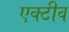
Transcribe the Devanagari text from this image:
एक्टीव